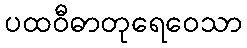
ပထဝီဓာတုရေဝေသာ